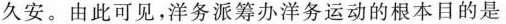
久安。由此可见，洋务派筹办洋务运动的根本目的是